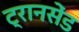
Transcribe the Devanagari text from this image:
ट्रानसेंड